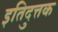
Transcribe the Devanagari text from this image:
इतिदुत्तक